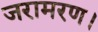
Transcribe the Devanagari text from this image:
जरामरण।